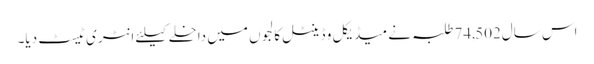
اس سال74,502 طلبہ نے میڈیکل و ڈینٹل کالجوں میں داخلے کیلئے انٹری ٹیسٹ دیا۔